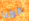
الرؤيا